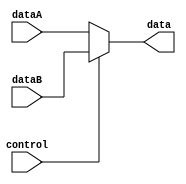
module selector(
  input control,
  input [15:0] dataA, dataB,
  output [15:0] data
);

assign data = control? dataB : dataA;

endmodule